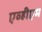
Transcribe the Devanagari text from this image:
एव्हीएम